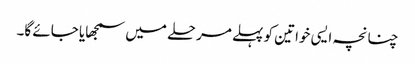
چنانچہ ایسی خواتین کو پہلے مرحلے میں سمجھایا جائے گا۔